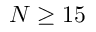
N \ge 1 5